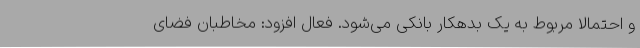
و احتمالا مربوط به یک بدهکار بانکی می‌شود. فعال افزود: مخاطبان فضای